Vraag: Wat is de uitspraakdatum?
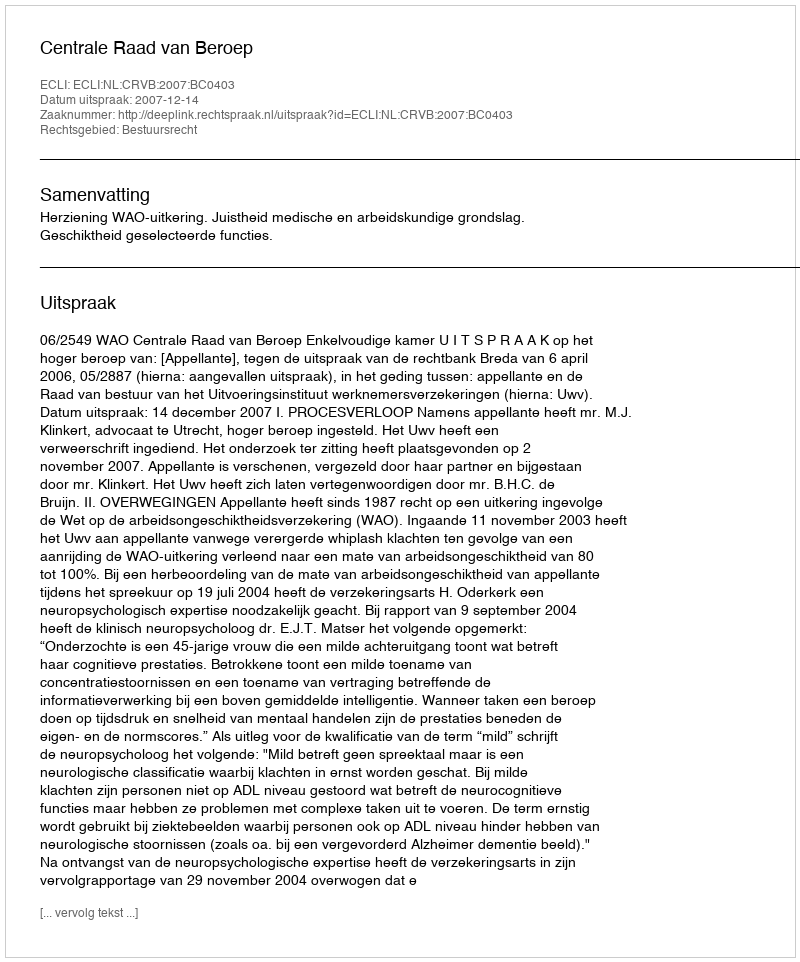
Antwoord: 2007-12-14